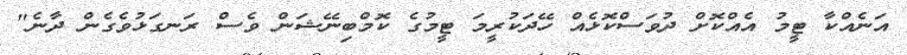
އަނެއްކާ ޓީމު އެއްކޮށް ދުވަސްކޮޅެއް ހޭދަކުރީމަ ޓީމުގެ ކޮމްބިނޭޝަން ވެސް ރަނގަޅުވެގެން ދާނެ"